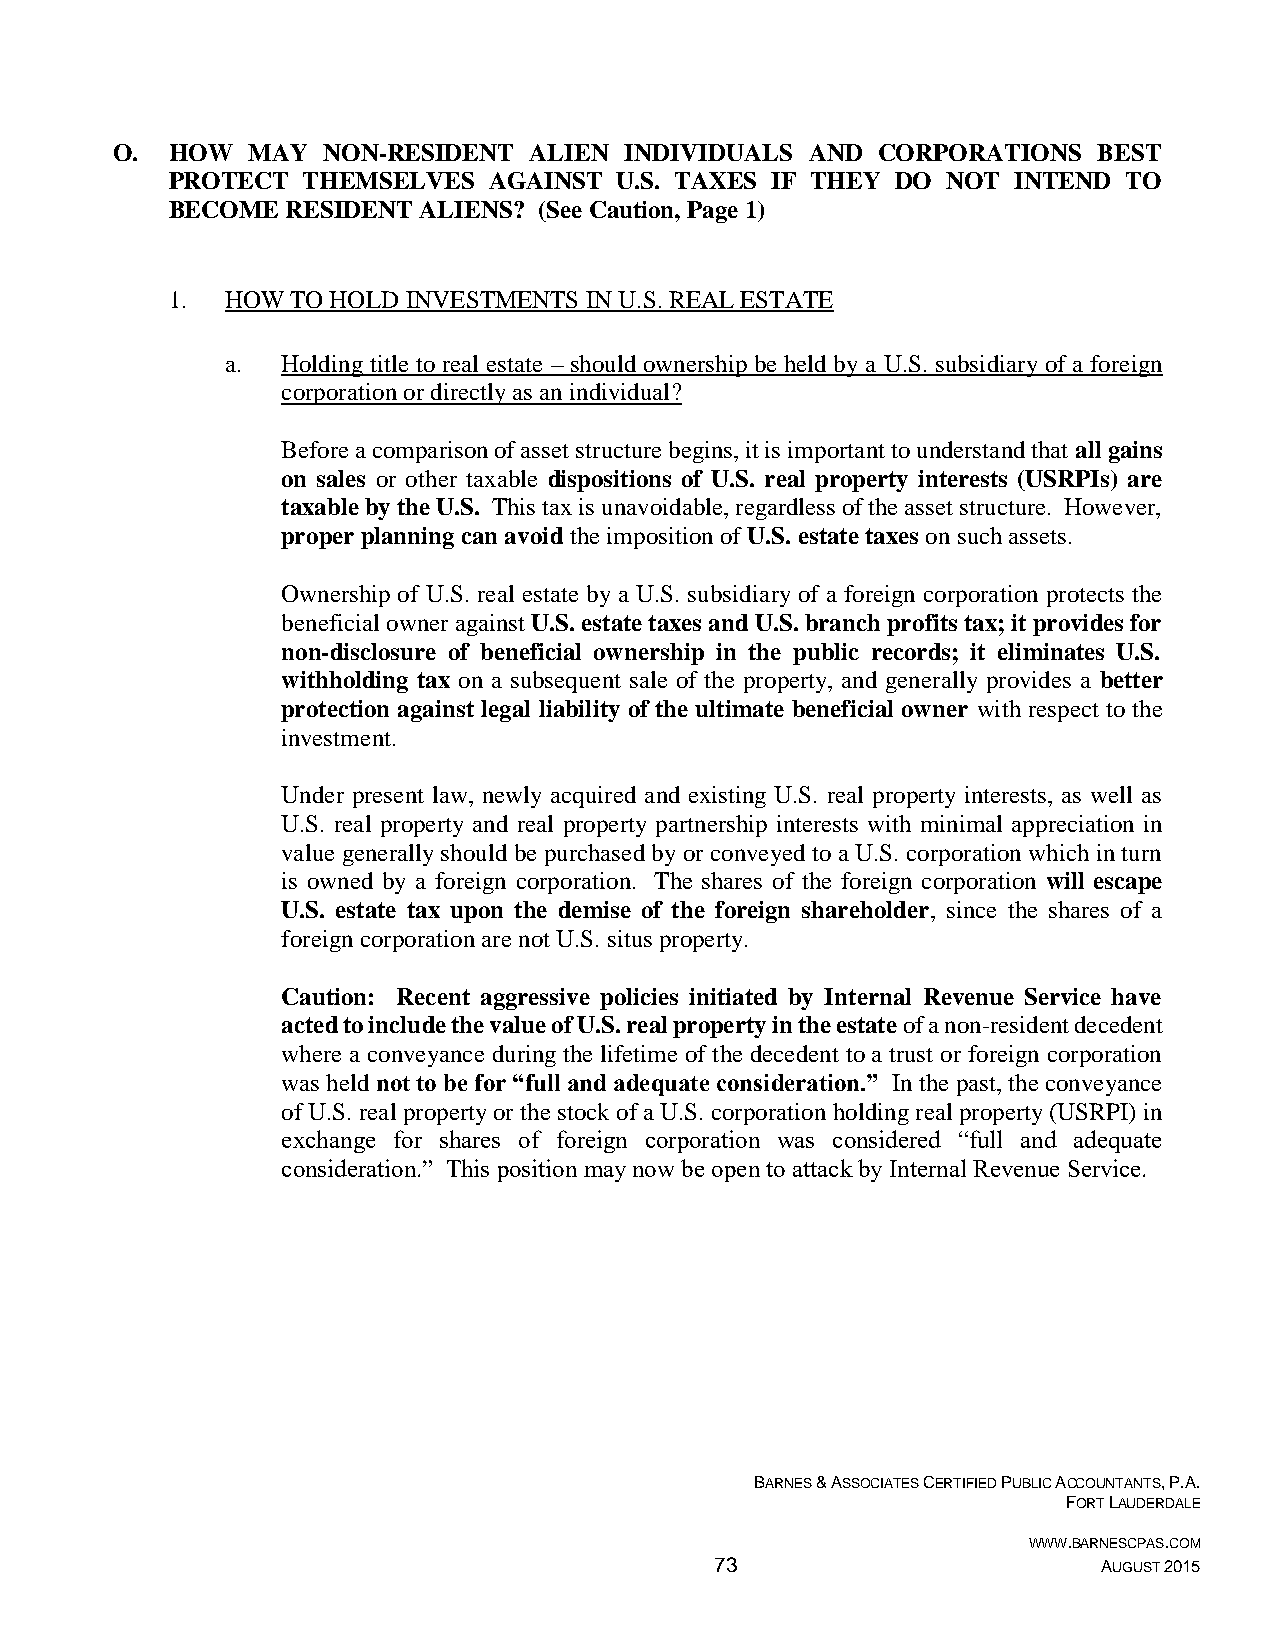
O.  HOW  MAY  NON-RESIDENT  ALIEN INDIVIDUALS  AND CORPORATIONS   BEST
 PROTECT  THEMSELVES  AGAINST  U.S. TAXES IF THEY DO NOT INTEND  TO
 BECOME  RESIDENT ALIENS? (See Caution, Page 1)
 1.  HOW TO HOLD INVESTMENTS IN U.S. REAL ESTATE
 a.  Holding title to real estate – should ownership be held by a U.S. subsidiary of a foreign
 corporation or directly as an individual?
 Before a comparison of asset structure begins, it is important to understand that all gains
 on sales or other taxable dispositions of U.S. real property interests (USRPIs) are
 taxable by the U.S. This tax is unavoidable, regardless of the asset structure. However,
 proper planning can avoid the imposition of U.S. estate taxes on such assets.
 Ownership of U.S. real estate by a U.S. subsidiary of a foreign corporation protects the
 beneficial owner against U.S. estate taxes and U.S. branch profits tax; it provides for
 non-disclosure of beneficial ownership in the public records; it eliminates U.S.
 withholding tax on a subsequent sale of the property, and generally provides a better
 protection against legal liability of the ultimate beneficial owner with respect to the
 investment.
 Under present law, newly acquired and existing U.S. real property interests, as well as
 U.S. real property and real property partnership interests with minimal appreciation in
 value generally should be purchased by or conveyed to a U.S. corporation which in turn
 is owned by a foreign corporation. The shares of the foreign corporation will escape
 U.S. estate tax upon the demise of the foreign shareholder, since the shares of a
 foreign corporation are not U.S. situs property.
 Caution: Recent aggressive policies initiated by Internal Revenue Service have
 acted to include the value of U.S. real property in the estate of a non-resident decedent
 where a conveyance during the lifetime of the decedent to a trust or foreign corporation
 was held not to be for “full and adequate consideration.” In the past, the conveyance
 of U.S. real property or the stock of a U.S. corporation holding real property (USRPI) in
 exchange for shares of foreign corporation was considered “full and adequate
 consideration.” This position may now be open to attack by Internal Revenue Service.
 BARNES & ASSOCIATES CERTIFIED PUBLIC ACCOUNTANTS, P.A.
 FORT LAUDERDALE
 WWW.BARNESCPAS.COM
 73                        AUGUST 2015